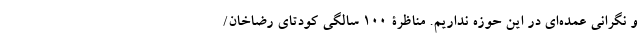
و نگرانی عمده‌ای در این حوزه نداریم. مناظرۀ 100 سالگی کودتای رضاخان/